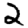
Digit: 2